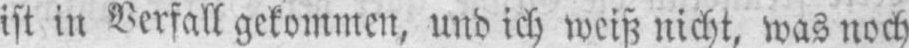
ist in Verfall gekommen, und ich weiß nicht, was noch